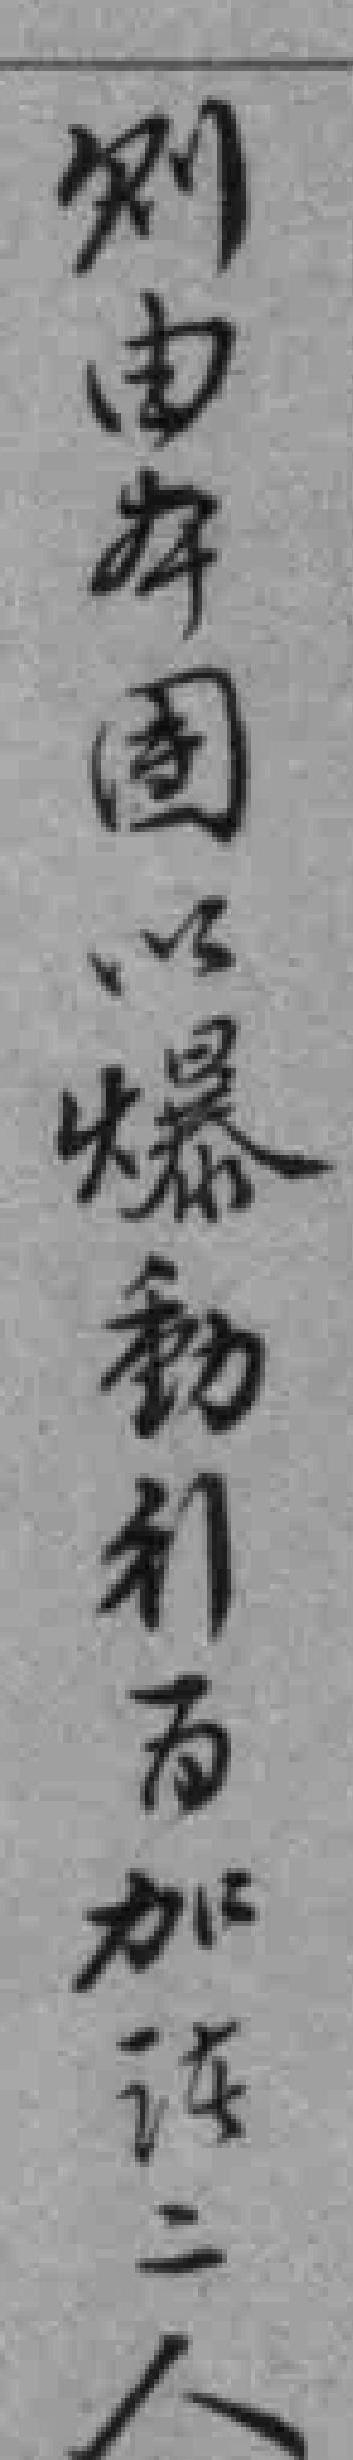
则由本團以爆動引百加诸二人